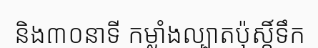
និង៣០នាទី កម្លាំងល្បាតប៉ុស្តិ៍ទឹក